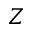
Z